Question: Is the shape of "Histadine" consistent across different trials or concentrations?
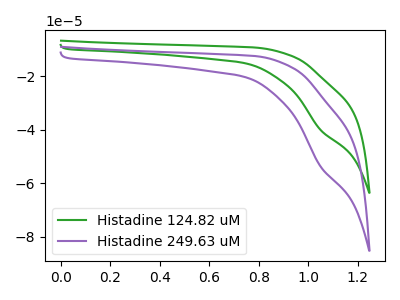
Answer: <think>The green curve "Histadine 124.82 uM" has a cathodic peak at: (1.05V, -40.05uA). The purple curve "Histadine 249.63 uM" has a cathodic peak at: (1.05V, -53.70uA).
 All the peaks in "Histadine 124.82 uM" have a peak in "Histadine 249.63 uM" at the same potential. Every peak in "Histadine 124.82 uM" is lower than every peak in "Histadine 249.63 uM".</think>
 <answer>All the CV's of "Histadine" have similar shape.</answer>
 <eval>follow_rule</eval>